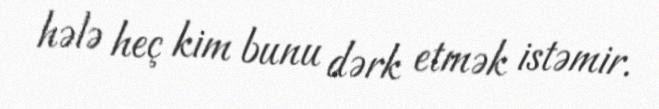
hələ heç kim bunu dərk etmək istəmir.